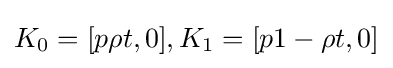
K_{0}=[p\rho t,0],K_{1}=[p1-\rho t,0]